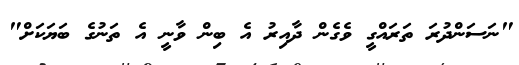
"ނަސަންދުރަ ތަރައްގީ ވެގެން ދާއިރު އެ ބިން ވާނީ އެ ތަނުގެ ބަޔަކަށް"